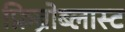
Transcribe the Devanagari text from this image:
फ़िब्रोब्लास्ट